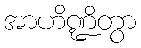
အာဟိဏ္ဍိတွာ